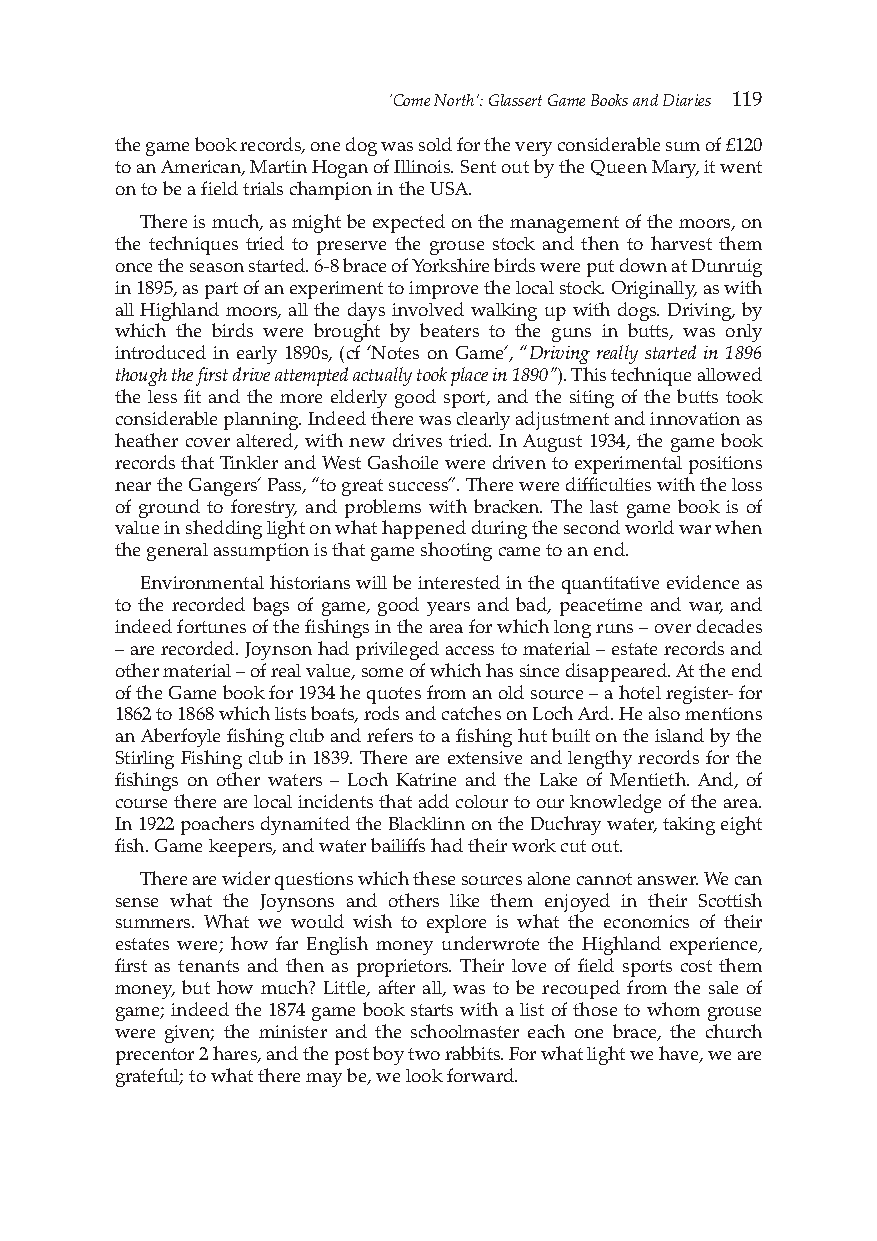
‘Come North’: Glassert Game Books and Diaries 119
 the game book records, one dog was sold for the very considerable sum of £120
 to an American, Martin Hogan of Illinois. Sent out by the Queen Mary, it went
 on to be a field trials champion in the USA.
 There is much, as might be expected on the management of the moors, on
 the techniques tried to preserve the grouse stock and then to harvest them
 once the season started. 6-8 brace of Yorkshire birds were put down at Dunruig
 in 1895, as part of an experiment to improve the local stock. Originally, as with
 all Highland moors, all the days involved walking up with dogs. Driving, by
 which the birds were brought by beaters to the guns in butts, was only
 introduced in early 1890s, (cf ‘Notes on Game’, “Driving really started in 1896
 though the first drive attempted actually took place in 1890”). This technique allowed
 the less fit and the more elderly good sport, and the siting of the butts took
 considerable planning. Indeed there was clearly adjustment and innovation as
 heather cover altered, with new drives tried. In August 1934, the game book
 records that Tinkler and West Gashoile were driven to experimental positions
 near the Gangers’ Pass, “to great success”. There were difficulties with the loss
 of ground to forestry, and problems with bracken. The last game book is of
 value in shedding light on what happened during the second world war when
 the general assumption is that game shooting came to an end.
 Environmental historians will be interested in the quantitative evidence as
 to the recorded bags of game, good years and bad, peacetime and war, and
 indeed fortunes of the fishings in the area for which long runs – over decades
 – are recorded. Joynson had privileged access to material –estate records and
 other material –of real value, some of which has since disappeared. At the end
 of the Game book for 1934 he quotes from an old source – a hotel register- for
 1862 to 1868 which lists boats, rods and catches on Loch Ard. He also mentions
 an Aberfoyle fishing club and refers to a fishing hut built on the island by the
 Stirling Fishing club in 1839. There are extensive and lengthy records for the
 fishings on other waters – Loch Katrine and the Lake of Mentieth. And, of
 course there are local incidents that add colour to our knowledge of the area.
 In 1922 poachers dynamited the Blacklinn on the Duchray water, taking eight
 fish. Game keepers, and water bailiffs had their work cut out.
 There are wider questions which these sources alone cannot answer. We can
 sense what the Joynsons and others like them enjoyed in their Scottish
 summers. What we would wish to explore is what the economics of their
 estates were; how far English money underwrote the Highland experience,
 first as tenants and then as proprietors. Their love of field sports cost them
 money, but how much? Little, after all, was to be recouped from the sale of
 game; indeed the 1874 game book starts with a list of those to whom grouse
 were given; the minister and the schoolmaster each one brace, the church
 precentor 2 hares, and the post boy two rabbits. For what light we have, we are
 grateful; to what there may be, we look forward.